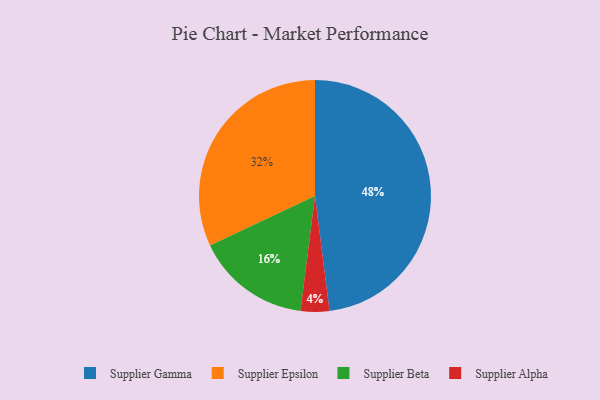
{"axis": {"x": "Category", "y": "Percentage"}, "legend": ["Supplier Alpha", "Supplier Beta", "Supplier Epsilon", "Supplier Gamma"], "data": [{"x": "Supplier Beta", "y": 16, "type": "Supplier Beta"}, {"x": "Supplier Alpha", "y": 4, "type": "Supplier Alpha"}, {"x": "Supplier Gamma", "y": 48, "type": "Supplier Gamma"}, {"x": "Supplier Epsilon", "y": 32, "type": "Supplier Epsilon"}]}